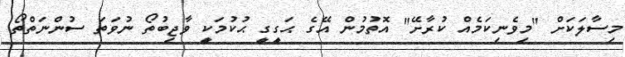
މިސާލަކަށް "މިވެނިކަމެއް ކުރާށޭ" އޮތުމުން އޭގެ ޙަގީގީ ޙުކުމަކީ ވާޖިބުތޯ ނުވަތަ ސުންނަތްތޯ